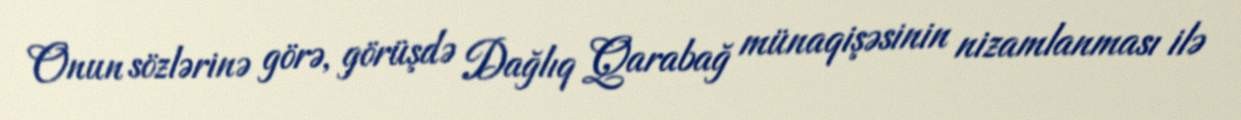
Onun sözlərinə görə, görüşdə Dağlıq Qarabağ münaqişəsinin nizamlanması ilə